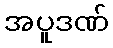
အပူဒဏ်